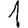
Digit: 1